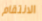
الانتقام